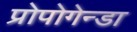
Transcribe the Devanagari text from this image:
प्रोपोगेन्डा